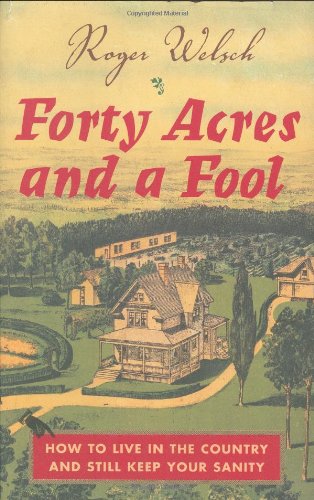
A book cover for Forty Acres and a Fool: How to Live in the Country and Still Keep Your Sanity; Roger Welsch; Humor & Entertainment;